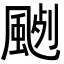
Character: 𩗦